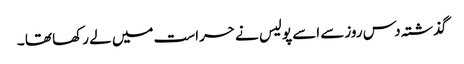
گذشتہ دس روزسے اسے پولیس نے حراست میں لے رکھا تھا ۔